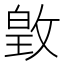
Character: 𫿃